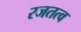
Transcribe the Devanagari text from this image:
रजतत्व